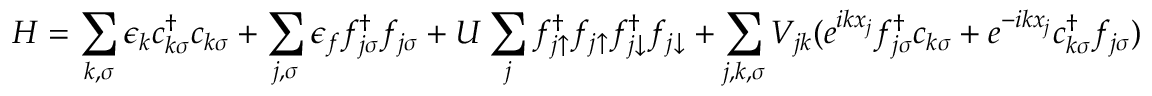
H = \sum _ { k , \sigma } \epsilon _ { k } c _ { k \sigma } ^ { \dagger } c _ { k \sigma } + \sum _ { j , \sigma } \epsilon _ { f } f _ { j \sigma } ^ { \dagger } f _ { j \sigma } + U \sum _ { j } f _ { j \uparrow } ^ { \dagger } f _ { j \uparrow } f _ { j \downarrow } ^ { \dagger } f _ { j \downarrow } + \sum _ { j , k , \sigma } V _ { j k } ( e ^ { i k x _ { j } } f _ { j \sigma } ^ { \dagger } c _ { k \sigma } + e ^ { - i k x _ { j } } c _ { k \sigma } ^ { \dagger } f _ { j \sigma } )